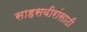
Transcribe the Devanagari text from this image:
साहसवीरांसाठी